Memorandum on the prevention of leprosy by segregation of the affected
Disease focus: Leprosy
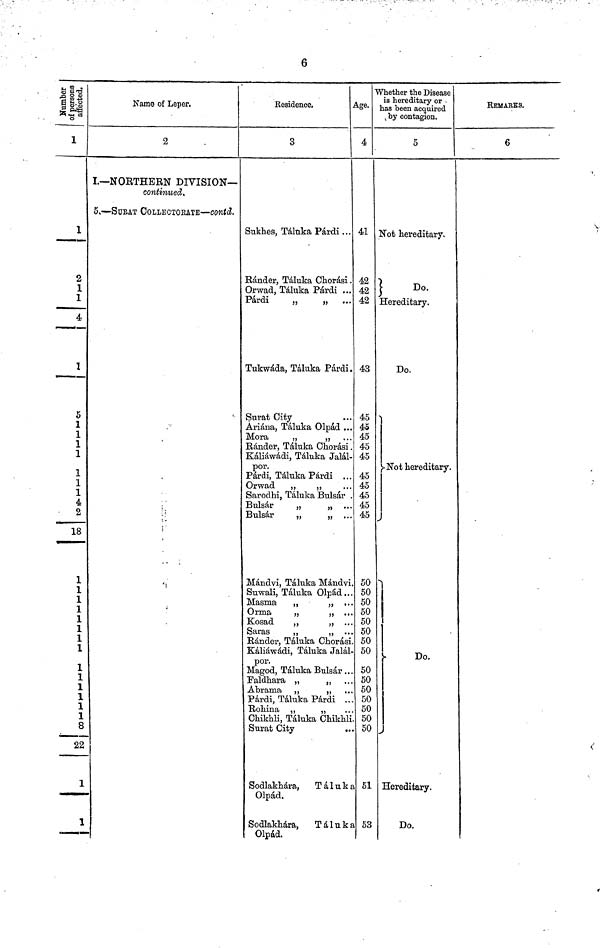
6
affected.
1
1
2
1
1
4
1
5
1
1
1
1
1
1
1
4
2
18
1
1
1
1
1
1
1
1
1
1
1
1
1
1
8
22
1
1
Name of Leper,
2
I.— NORTHERN DIVISION—
continued.
5. — SURAT COLLECTOEATE — Contd.
Residence.
A
3
Sukhes, Táluka Párdi ...
Ránder, Táluka Chorasi .
Orwad, Táluka Párdi ...
Párdi
,
„ ...
Tukwáda, Táluka Párdi.
Surat City
Ariána, Táluka Olpad ...
Mora
„
„
Ránder, Táluka Chorasi .
Kaliawadi, Táluka Jalál-
por.
Párdi, Táluka Párdi ...
Orwad "
„
Sarodhi, Táluka Bulsar .
Bulsar
„
„ ...
Bulsar
„
„ ...
Mdndvi, Táluka Mándvi.
Suwali, Táluka Olpád...
Masma
"
„ ...
Orma
„
„ ...
Kosad
„
„ ...
Saras
„
„ ...
Ránder, Táluka Chords:
Káliáwdi, Táluka Jalál
por.
Magod, Táluka Bulsár . . .
Faldhara „
"
Abrama "
„ ...
Párdi, Táluka Párdi ...
Rohima "
"
Chikhli, Táluka Chikhli.
Surat City
...
Sodlakhára,
Táluka
Olpad.
Sodlakhára, Táluka
Olpád.
Age-
4
41
42
42
42
43
45
45
45
45
45
45
45
45
45
45
50
50
50
50
50
50
50
50
50
50
50
50
50
50
50
51
53
Whether the Disease
is hereditary or -
has been acquired
by contagion.
5
Not hereditary.
Do.
Hereditary.
Do.
Not hereditary.
Do.
Hereditary.
Do.
REMAKES.
6